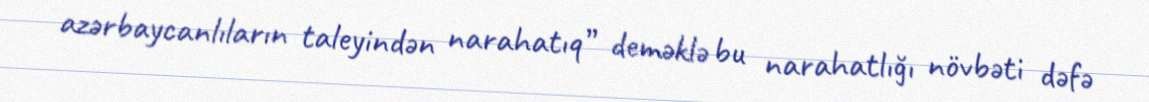
azərbaycanlıların taleyindən narahatıq” deməklə bu narahatlığı növbəti dəfə